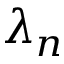
\lambda _ { n }